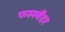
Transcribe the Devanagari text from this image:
फस्स्बेंदर